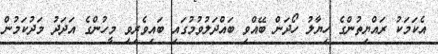
އެކަމަކު ރައްޔިތުންގެ ހިޔާލު ހޯދަން ބޭއްވި ބައްދަލުވުމުގައި ބައިވެރިވި މީހުންގެ އަދަދު މަދުކަމުން